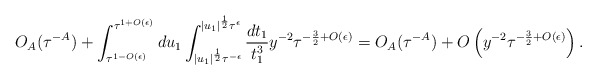
\begin{align*} O_A(\tau^{-A}) + \int_{\tau^{1-O(\epsilon)}}^{\tau^{1 + O(\epsilon)}} du_1 \int_{|u_1|^{\frac{1}{2}}\tau^{-\epsilon}}^{|u_1|^{\frac{1}{2}} \tau^\epsilon} \frac{dt_1}{t_1^3} y^{-2} \tau^{-\frac{3}{2} + O(\epsilon)}= O_A(\tau^{-A}) + O\left(y^{-2} \tau^{-\frac{3}{2} + O(\epsilon)}\right).\end{align*}